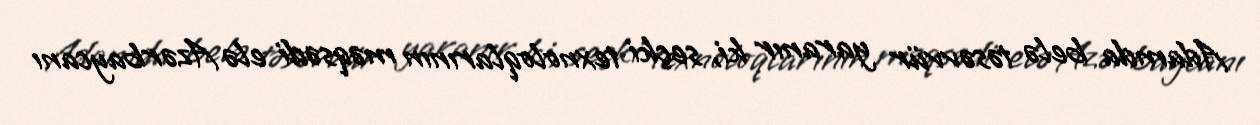
Adamda belə təsəvvür yaranır ki, seçki texnoloqlarının məqsədi elə Azərbaycanı